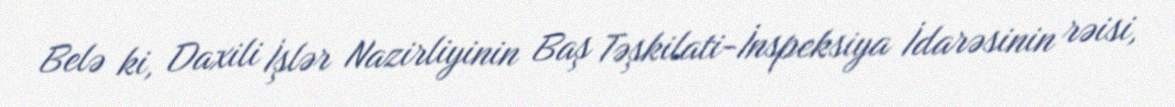
Belə ki, Daxili İşlər Nazirliyinin Baş Təşkilati-İnspeksiya İdarəsinin rəisi,